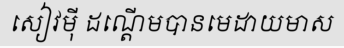
សៀវម៉ី ដណ្តើមបានមេដាយមាស